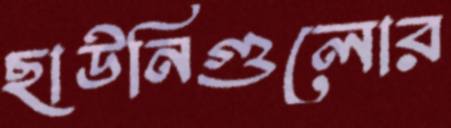
ছাউনিগুলোর